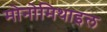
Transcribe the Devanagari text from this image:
मोनोमिथाइल